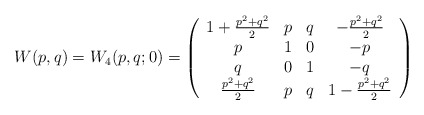
\begin{align*}W(p, q) = W_4(p, q; 0) = \left( \begin{array}{cccc}1+ \frac{p^2 + q^2 }{2} & p & q & -\frac{p^2 + q^2 }{2} \\p & 1 & 0 & -p \\q & 0 & 1 & -q \\\frac{p^2 + q^2 }{2} & p & q & 1 -\frac{p^2 + q^2 }{2}\end{array}\right)\end{align*}